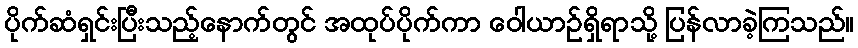
ပိုက်ဆံရှင်းပြီးသည့်နောက်တွင် အထုပ်ပိုက်ကာ ဝေါယာဉ်ရှိရာသို့ ပြန်လာခဲ့ကြသည်။